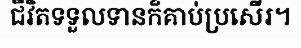
ជីវិតទទួលទានក៏គាប់ប្រសើរ។